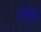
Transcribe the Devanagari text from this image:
मेतेरी